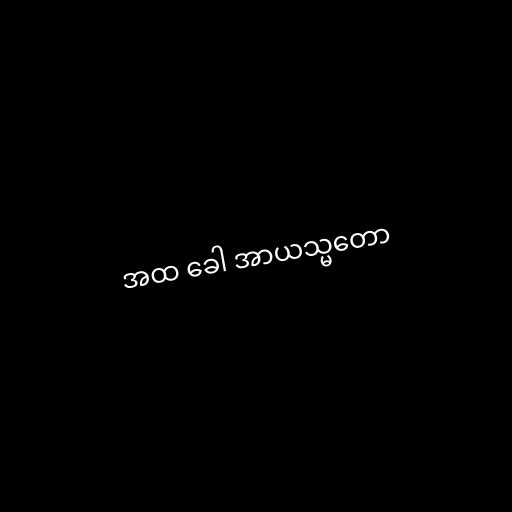
အထ ခေါ အာယသ္မတော